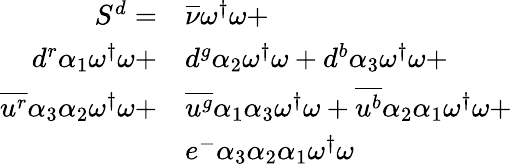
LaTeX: \begin{array}{rl}{S^{d}=}&{{\overline{{\nu}}}\omega^{\dagger}\omega+}\\ {{d}^{r}{\alpha_{1}}\omega^{\dagger}\omega+}&{{d}^{g}{\alpha_{2}}\omega^{\dagger}\omega+{d}^{b}{\alpha_{3}}\omega^{\dagger}\omega+}\\ {\overline{{u^{r}}}{\alpha_{3}}{\alpha_{2}}\omega^{\dagger}\omega+}&{\overline{{u^{g}}}{\alpha_{1}}{\alpha_{3}}\omega^{\dagger}\omega+\overline{{u^{b}}}{\alpha_{2}}{\alpha_{1}}\omega^{\dagger}\omega+}\\ &{e^{-}{\alpha_{3}}{\alpha_{2}}{\alpha_{1}}\omega^{\dagger}\omega}\end{array}